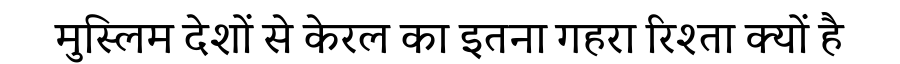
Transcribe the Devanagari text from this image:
मुस्लिम देशों से केरल का इतना गहरा रिश्ता क्यों है